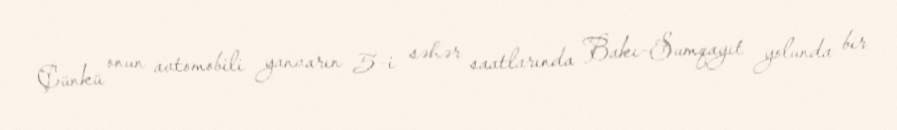
Çünkü onun avtomobili yanvarın 5-i səhər saatlarında Bakı-Sumqayıt yolunda bir